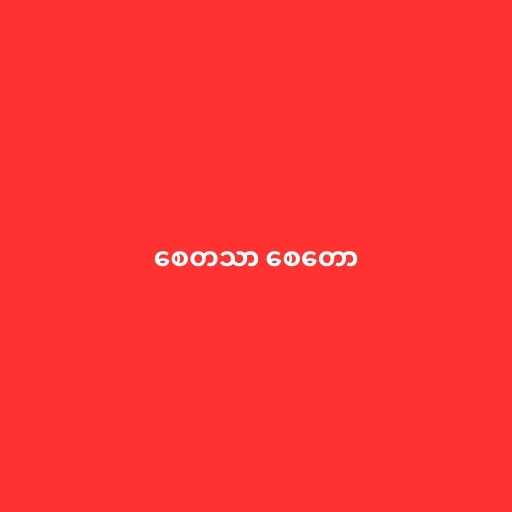
စေတသာ စေတော